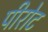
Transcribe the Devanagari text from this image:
पीरोट